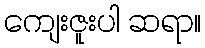
ကျေးဇူးပါ ဆရာ။